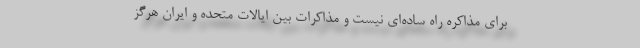
برای مذاکره راه ساده‌ای نیست و مذاکرات بین ایالات متحده و ایران هرگز